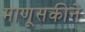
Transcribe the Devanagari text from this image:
माणूसकीने